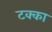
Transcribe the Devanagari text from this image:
टक्‍का